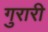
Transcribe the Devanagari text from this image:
गुरारी